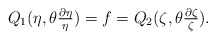
\begin{align*}Q_1(\eta,\theta\tfrac{\partial\eta}{\eta})=f=Q_2(\zeta,\theta\tfrac{\partial\zeta}{\zeta}).\end{align*}